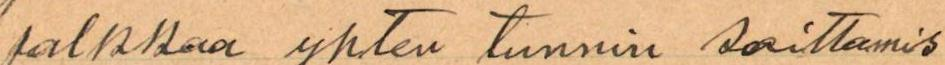
palkkaa yhten tunnin soittamis